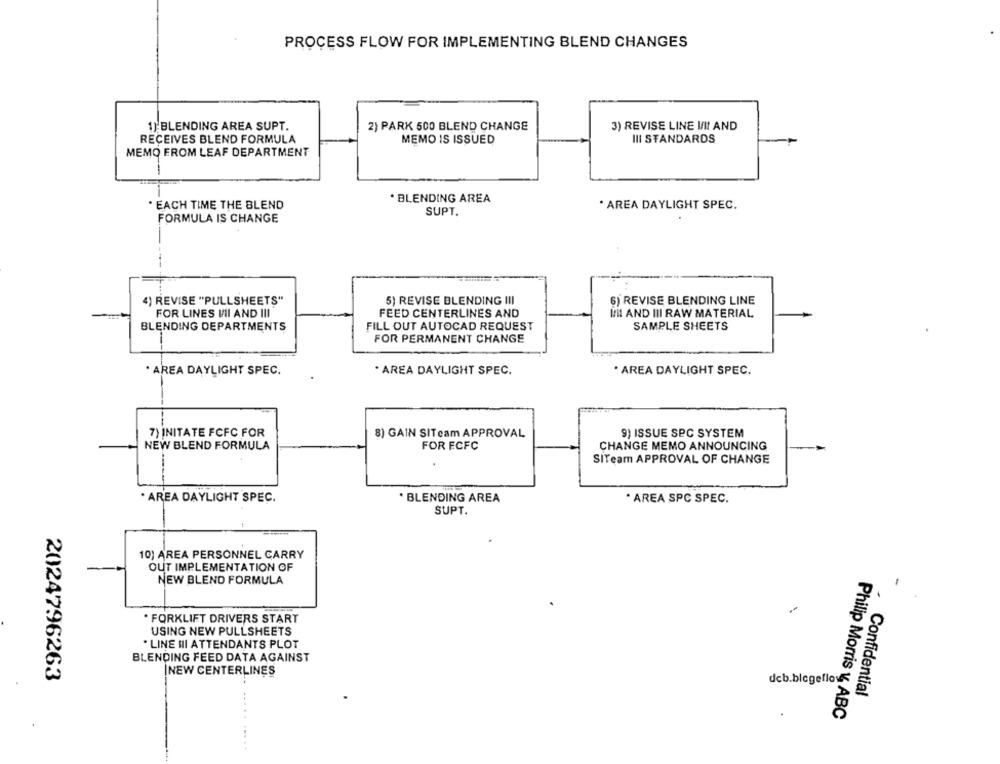
PROCESS FLOW FOR IMPLEMENTING BLEND CHANGES
1):BLENDING AREA SUPT.
2) PARK 500 BLEND CHANGE
3) REVISE LINE I/II AND
III STANDARDS
RECEIVES BLEND FORMULA
MEMO IS ISSUED
MEMO FROM LEAF DEPARTMENT
· BLENDING AREA
. EACH TIME THE BLEND
. AREA DAYLIGHT SPEC.
SUPT.
FORMULA IS CHANGE
4) REVISE "PULLSHEETS"
5) REVISE BLENDING III
6) REVISE BLENDING LINE
FOR LINES VII AND III
FEED CENTERLINES AND
INI AND III RAW MATERIAL
BLENDING DEPARTMENTS
FILL OUT AUTOCAD REQUEST
SAMPLE SHEETS
FOR PERMANENT CHANGE
. AREA DAYLIGHT SPEC.
· AREA DAYLIGHT SPEC.
· AREA DAYLIGHT SPEC.
7) INITATE FCFC FOR
8) GAIN SITeam APPROVAL
9) ISSUE SPC SYSTEM
NEW BLEND FORMULA
FOR FCFC
CHANGE MEMO ANNOUNCING
SiTeam APPROVAL OF CHANGE
. AREA DAYLIGHT SPEC.
· BLENDING AREA
* AREA SPC SPEC.
SUPT.
10) AREA PERSONNEL CARRY
OUT IMPLEMENTATION OF
NEW BLEND FORMULA
. FORKLIFT DRIVERS START
USING NEW PULLSHEETS
. LINE HII ATTENDANTS PLOT
BLENDING FEED DATA AGAINST
INEW CENTERLINES
2024796263
deb.blegellov
Confidential
Philip Morris v, ABC